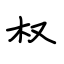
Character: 权